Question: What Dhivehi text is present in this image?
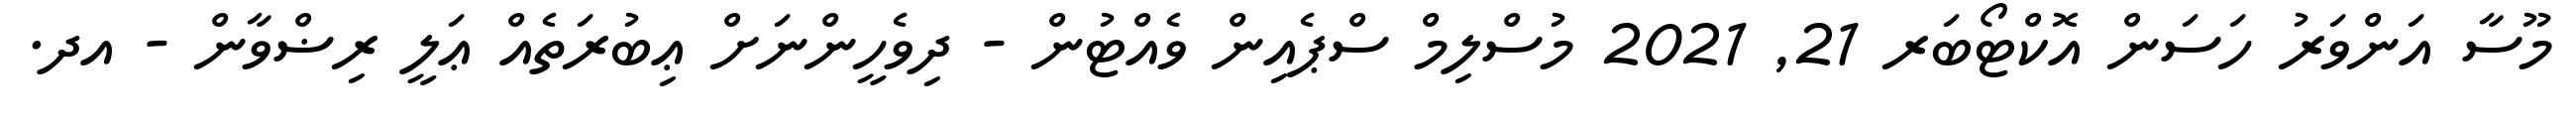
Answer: މޫސާ އަންވަރު ހަސަން އޮކްޓޯބަރ 21, 2021 މުސްލިމް ސްޕެއިން ވެއްޓުން - ދިވެހީންނަށް ޢިބުރަތެއް ޢަލީ ރިޟްވާން - އދ.